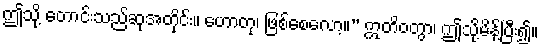
ဤသို့ တောင်းသည်ဆုအတိုင်း။ ဟောတု၊ ဖြစ်စေလော့။” ဣတိဝတွာ၊ ဤသို့မိန့်ပြီး၍။